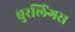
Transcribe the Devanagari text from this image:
बुरलिंगस